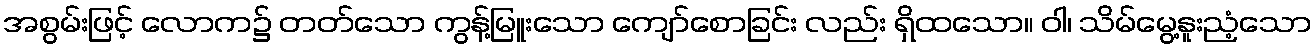
အစွမ်းဖြင့် လောက၌ တတ်သော ကွန့်မြူးသော ကျော်စောခြင်း လည်း ရှိထသော။ ဝါ၊ သိမ်မွေ့နူးညံ့သော